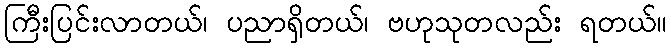
ကြီးပြင်းလာတယ်၊ ပညာရှိတယ်၊ ဗဟုသုတလည်း ရတယ်။